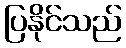
ပြနိုင်သည်